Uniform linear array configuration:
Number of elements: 64
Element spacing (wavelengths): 0.25
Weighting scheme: hann
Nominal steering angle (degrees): -15
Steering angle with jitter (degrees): -15.171
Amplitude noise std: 0.05
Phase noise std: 0.05

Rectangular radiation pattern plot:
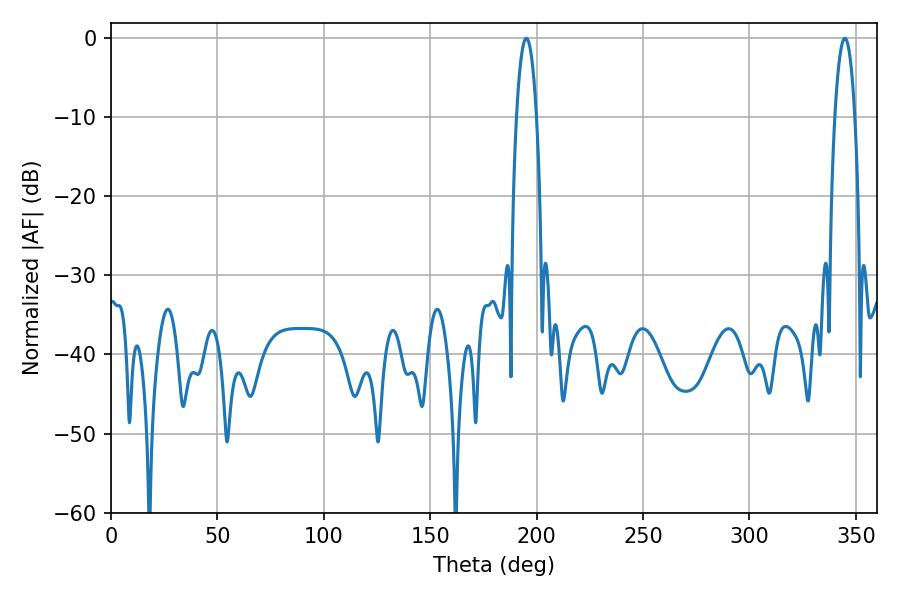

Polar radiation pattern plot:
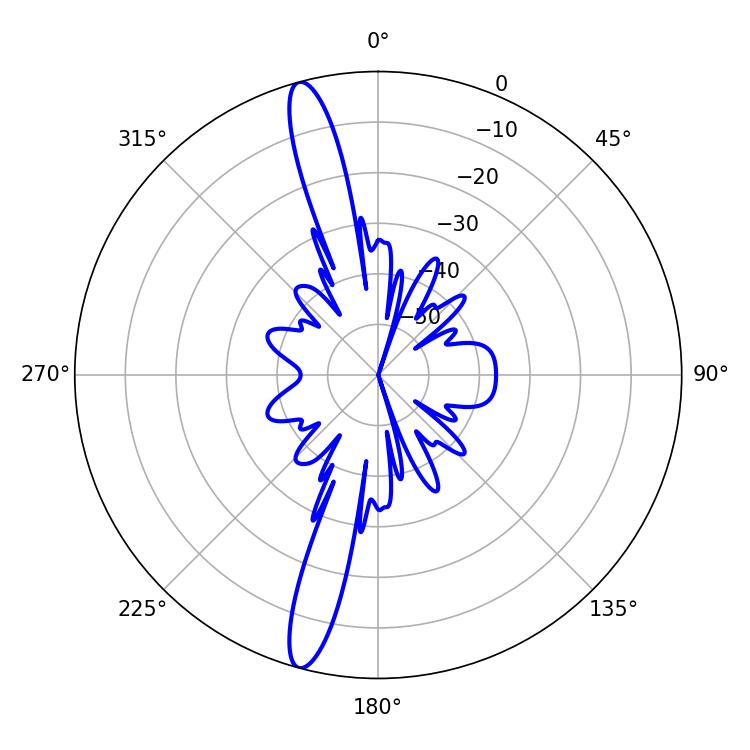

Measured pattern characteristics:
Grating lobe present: FALSE
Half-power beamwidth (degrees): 5.22
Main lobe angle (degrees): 195.12